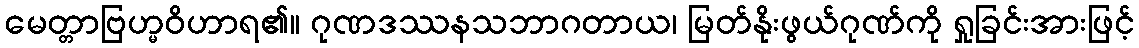
မေတ္တာဗြဟ္မဝိဟာရ၏။ ဂုဏဒဿနသဘာဂတာယ၊ မြတ်နိုးဖွယ်ဂုဏ်ကို ရှုခြင်းအားဖြင့်